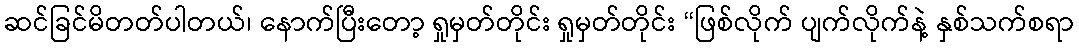
ဆင်ခြင်မိတတ်ပါတယ်၊ နောက်ပြီးတော့ ရှုမှတ်တိုင်း ရှုမှတ်တိုင်း “ဖြစ်လိုက် ပျက်လိုက်နဲ့ နှစ်သက်စရာ